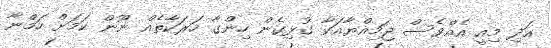
އަދި މިއީ އެއްވެސް ޖަމިއްޔާއަކާ ގުޅިގެން ހިންގާ ހަރަކާތެއް ނޫން ކަމަށް ހަމްނާ